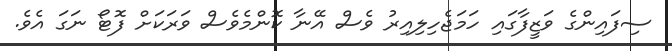
ސިފައިންގެ ވަޒީފާގައި ހަމަޖެހިލިއިރު ވެސް އޭނާ ކޮންމެވެސް ވަރަކަށް ފޮޓޯ ނަގަ އެވެ.